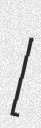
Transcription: ​[ɡʁɑ̃